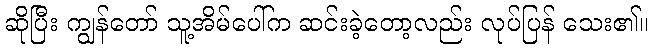
ဆိုပြီး ကျွန်တော် သူ့အိမ်ပေါ်က ဆင်းခဲ့တော့လည်း လုပ်ပြန် သေး၏။